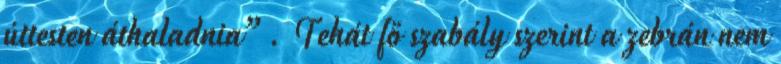
úttesten áthaladnia”. Tehát fő szabály szerint a zebrán nem